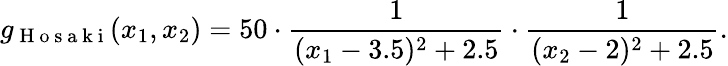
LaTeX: g_{\mathrm{~H~o~s~a~k~i~}}(x_{1},x_{2})=50\cdot\frac{1}{(x_{1}-3.5)^{2}+2.5}\cdot\frac{1}{(x_{2}-2)^{2}+2.5}.